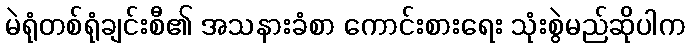
မဲရုံတစ်ရုံချင်းစီ၏ အသနားခံစာ ကောင်းစားရေး သုံးစွဲမည်ဆိုပါက